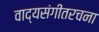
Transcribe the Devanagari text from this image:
वाद्यसंगीतरचना